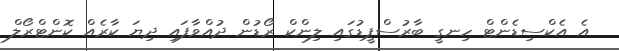
އެ އެކްސިޑެންޓް ހިނގީ ބާރުސްޕީޑުގައި ލިންކް ރޯޑުން ދުއްވާފައި ދިޔަ ކާރެއް ކޮންޓްރޯލް